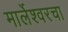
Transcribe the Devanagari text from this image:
मार्लेश्वरचा